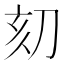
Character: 𠛳